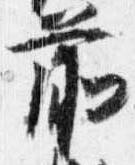
前